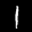
Label: 1